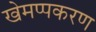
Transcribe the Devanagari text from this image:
खेमप्पकरण